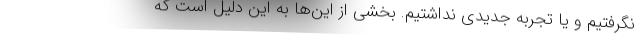
نگرفتیم و یا تجربه جدیدی نداشتیم. بخشی از این‌ها به این دلیل است که